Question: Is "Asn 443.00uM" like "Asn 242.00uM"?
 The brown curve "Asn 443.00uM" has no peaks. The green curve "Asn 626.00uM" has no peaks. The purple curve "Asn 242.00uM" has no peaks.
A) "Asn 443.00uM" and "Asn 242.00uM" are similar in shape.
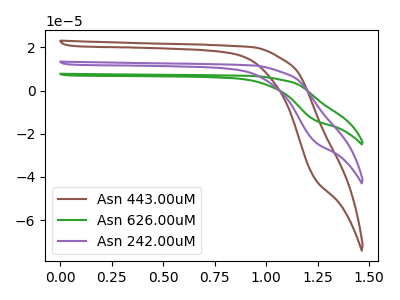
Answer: <think>Neither "Asn 443.00uM" or "Asn 242.00uM" have any peaks.
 </think>
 <answer>A) "Asn 443.00uM" and "Asn 242.00uM" are similar in shape.</answer>
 <eval>A</eval>